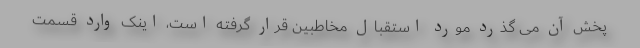
پخش آن می گذرد مورد استقبال مخاطبین قرار گرفته است، اینک وارد قسمت